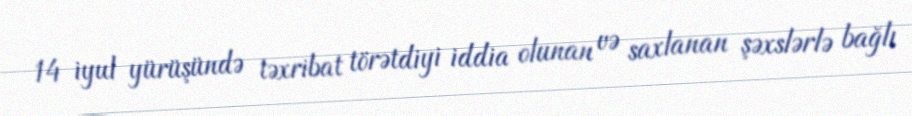
14 iyul yürüşündə təxribat törətdiyi iddia olunan və saxlanan şəxslərlə bağlı